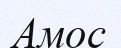
Амос